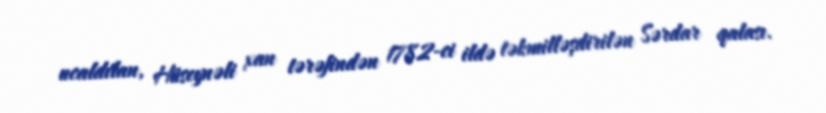
ucaldılan, Hüseynəli xan tərəfindən 1782-ci ildə təkmilləşdirilən Sərdar qalası.